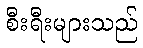
စီးရီးများသည်